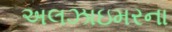
અલઝાઇમરના